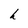
Character: h